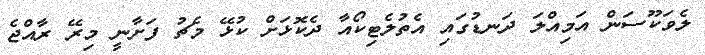
ލެވަކޫސަން އަމިއްލަ ދަނޑުގައި އެތުލެޓިކޯއާ ދެކޮޅަށް ކުޅޭ މެޗު ފަށާނީ މިރޭ ރާއްޖެ